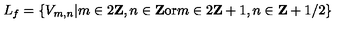
L _ { f } = \left\{ V _ { m , n } | m \in 2 { \bf Z } , n \in { \bf Z } \mathrm { o r } m \in 2 { \bf Z } + 1 , n \in { \bf Z } + 1 / 2 \right\}